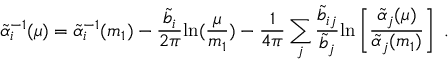
\tilde { \alpha } _ { i } ^ { - 1 } ( \mu ) = \tilde { \alpha } _ { i } ^ { - 1 } ( m _ { 1 } ) - { \frac { \tilde { b } _ { i } } { 2 \pi } } \mathrm { l n } ( { \frac { \mu } { m _ { 1 } } } ) - { \frac { 1 } { 4 \pi } } \sum _ { j } { \frac { \tilde { b } _ { i j } } { \tilde { b } _ { j } } } \mathrm { l n } \left[ { \frac { \tilde { \alpha } _ { j } ( \mu ) } { \tilde { \alpha } _ { j } ( m _ { 1 } ) } } \right] ~ .